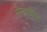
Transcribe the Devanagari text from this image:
सैन्यापैकि